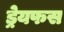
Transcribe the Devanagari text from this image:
ड्रेयफस